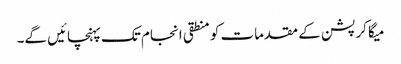
میگا کرپشن کے مقدمات کو منطقی انجام تک پہنچائیں گے۔